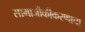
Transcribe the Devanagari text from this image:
सामाजीकीकरणाचा